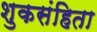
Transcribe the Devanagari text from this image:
शुकसंहिता